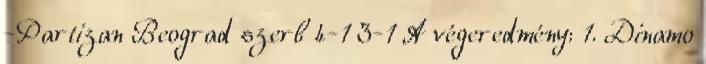
-Partizan Beograd szerb 4-1 3-1 A végeredmény: 1. Dinamo